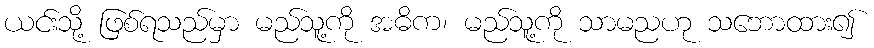
ယင်းသို့ ဖြစ်ရသည်မှာ မည်သူ့ကို အဓိက၊ မည်သူ့ကို သာမညဟု သဘောထား၍